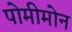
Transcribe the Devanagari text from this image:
पोमीमोन